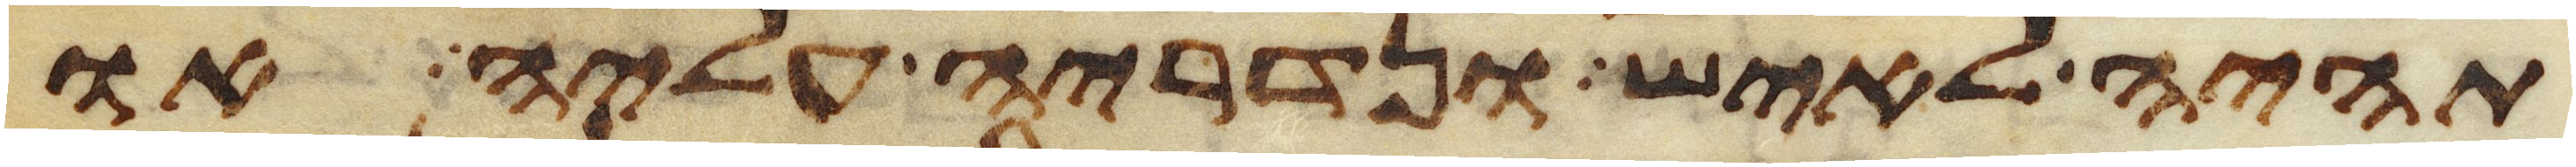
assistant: תהיה לאיש ונדריה עליה או